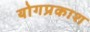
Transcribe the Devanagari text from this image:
योगप्रकाश